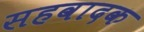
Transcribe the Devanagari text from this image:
सहवादक